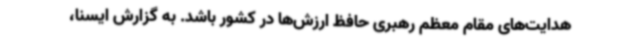
هدایت‌های مقام معظم رهبری حافظ ارزش‌ها در کشور باشد. به گزارش ایسنا،